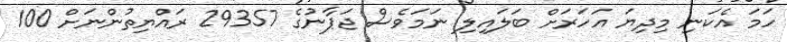
ހަމަ އެކަނި މިދިޔަ އަހަރަށް ބަލައިލި ނަމަވެސް ޖަޕާނުގެ 29357 ރައްޔިތުންނަށް 100